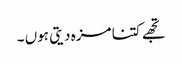
تجھے کتنا مزہ دیتی ہوں ۔